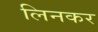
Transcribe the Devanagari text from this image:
लिनकर